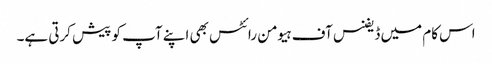
اس کام میں ڈیفنس آف ہیومن رائٹس بھی اپنے آپ کو پیش کرتی ہے۔